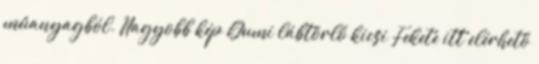
műanyagból. Nagyobb kép Gumi lábtörlő kicsi Fekete itt elérhető